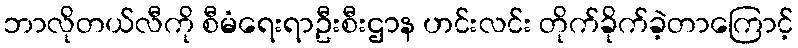
ဘာလိုတယ်လီကို စီမံရေးရာဦးစီးဌာန ဟင်းလင်း တိုက်ခိုက်ခဲ့တာကြောင့်